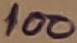
Text: 100